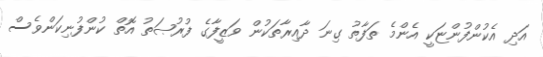
އަދި އެކުންފުންޏަކީ އެންމެ ތަފާތު ގިނަ ދާއިރާތަކުން ވަޒީފާގެ ފުރުޞަތު އޮތް ކުންފުނިކަންވެސް